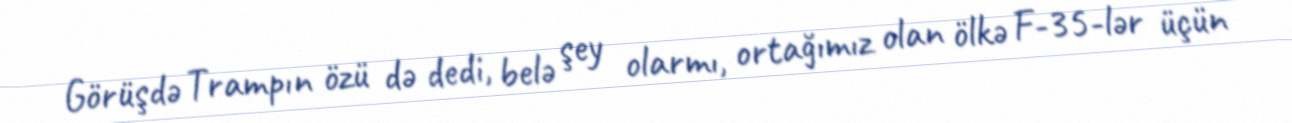
Görüşdə Trampın özü də dedi, belə şey olarmı, ortağımız olan ölkə F-35-lər üçün